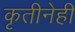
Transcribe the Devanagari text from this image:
कृतीनेही